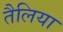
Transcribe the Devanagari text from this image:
तैलिया